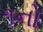
૧નો